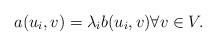
LaTeX: \begin{align*} a(u_i,v) = \lambda_i b(u_i,v) \forall v \in V.\end{align*}